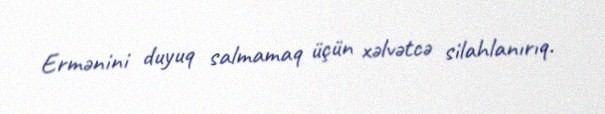
Ermənini duyuq salmamaq üçün xəlvətcə silahlanırıq.